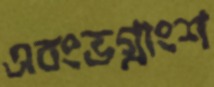
এবংভগ্নাংশ